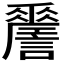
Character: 𧭨